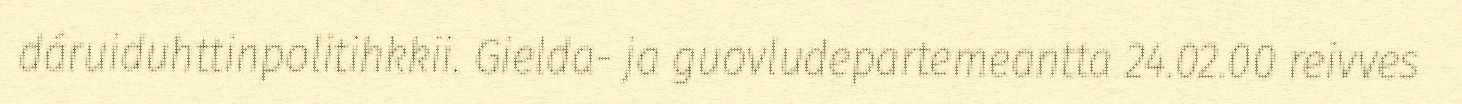
dáruiduhttinpolitihkkii. Gielda- ja guovludepartemeantta 24.02.00 reivves